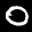
Label: 0